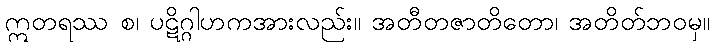
ဣတရဿ စ၊ ပဋိဂ္ဂါဟကအားလည်း။ အတီတဇာတိတော၊ အတိတ်ဘဝမှ။